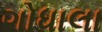
ગોધાલા